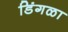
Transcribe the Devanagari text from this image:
डिंगळा